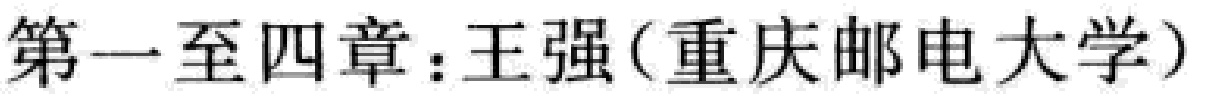
第一至四章：王强(重庆邮电大学)